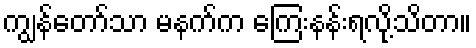
ကျွန်တော်သာ မနက်က ကြေးနန်းရလို့သိတာ။